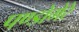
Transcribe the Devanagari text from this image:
पण्डोगेरे